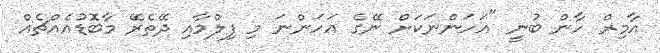
އާމިރް ހާން ބުނީ "އަހަންނަކަށް ނޭގެ އަހަންނަ މި ފިލްމާއި ދޭތެރޭ މާބޮޑުއެއްޗެއް